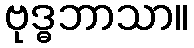
ဗုဒ္ဓဘာသာ။